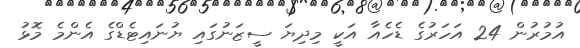
އުމުރުން 24 އަހަރުގެ ޑެހެއާ އަކީ މިދިޔަ ސީޒަނުގައި ޔުނައިޓެޑްގެ އެންމެ މޮޅު